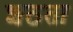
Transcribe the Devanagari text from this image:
शठता